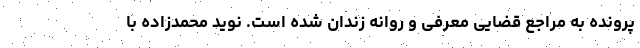
پرونده به مراجع قضایی معرفی و روانه زندان شده است. نوید محمدزاده با